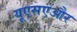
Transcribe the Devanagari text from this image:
यूएसएऔर